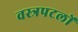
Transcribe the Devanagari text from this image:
वस्त्रपटलों